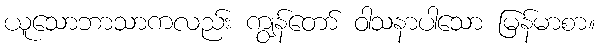
ယူသောဘာသာကလည်း ကျွန်တော် ဝါသနာပါသော မြန်မာစာ။